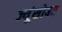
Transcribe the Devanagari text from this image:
ज्यूंसोबत